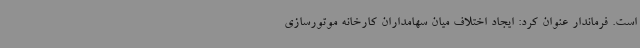
است. فرماندار عنوان کرد: ایجاد اختلاف میان سهامداران کارخانه موتورسازی